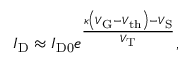
I _ { \mathrm { D } } \approx I _ { \mathrm { D 0 } } e ^ { \frac { \kappa \left( V _ { \mathrm { G } } - V _ { \mathrm { t h } } \right) - V _ { \mathrm { S } } } { V _ { \mathrm { T } } } } ,